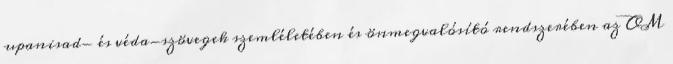
upanisad- és véda-szövegek szemléletében és önmegvalósító rendszerében az OM